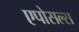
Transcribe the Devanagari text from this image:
एपोसल्स